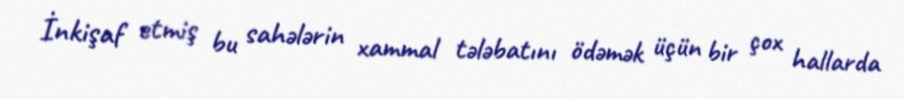
İnkişaf etmiş bu sahələrin xammal tələbatını ödəmək üçün bir çox hallarda